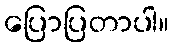
ပြောပြတာပါ။